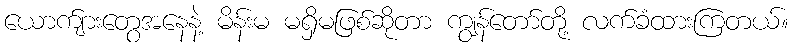
ယောက်ျားတွေအနေနဲ့ မိန်းမ မရှိမဖြစ်ဆိုတာ ကျွန်တော်တို့ လက်ခံထားကြတယ်။